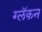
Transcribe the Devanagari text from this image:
ग्लॅकन